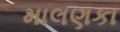
માલણકા